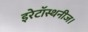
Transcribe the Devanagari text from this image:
इरेटॉस्थनीज।